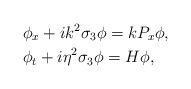
\begin{align*}&\phi_x+ik^2\sigma_3\phi=kP_x\phi,\\&\phi_t+i\eta^2\sigma_3\phi=H\phi,\end{align*}